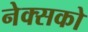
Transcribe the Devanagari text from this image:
नेक्सको